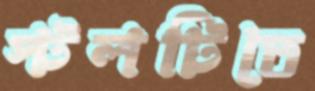
স্টলটিতে